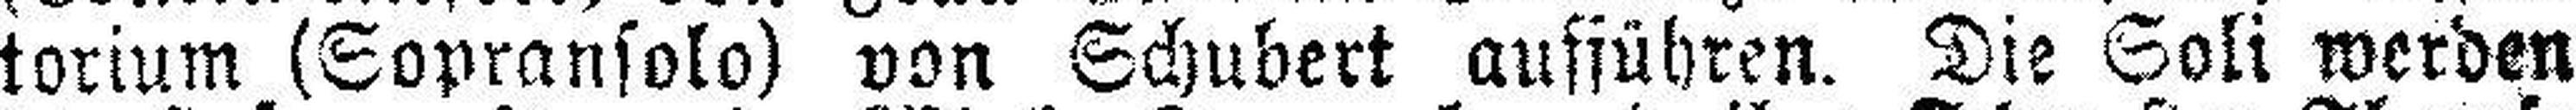
torium (Sopransolo) von Schubert aufführen. Die Soli werden